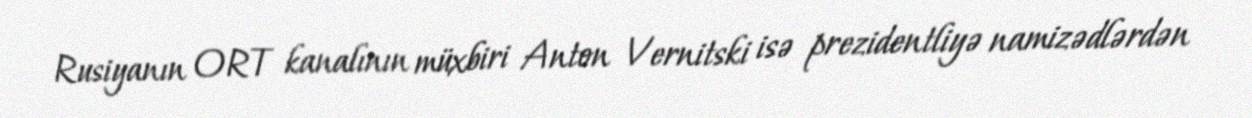
Rusiyanın ORT kanalının müxbiri Anton Vernitski isə prezidentliyə namizədlərdən